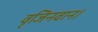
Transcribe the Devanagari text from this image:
वृजिनवान।